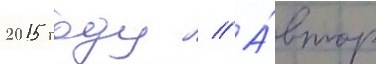
2015 году // А́втор